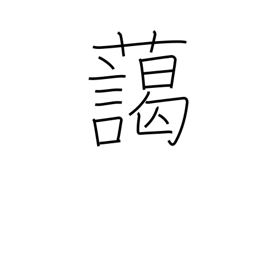
Meaning: harmonize